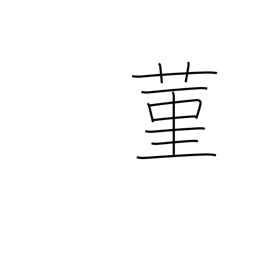
Meaning: the violet